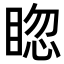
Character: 𥇰